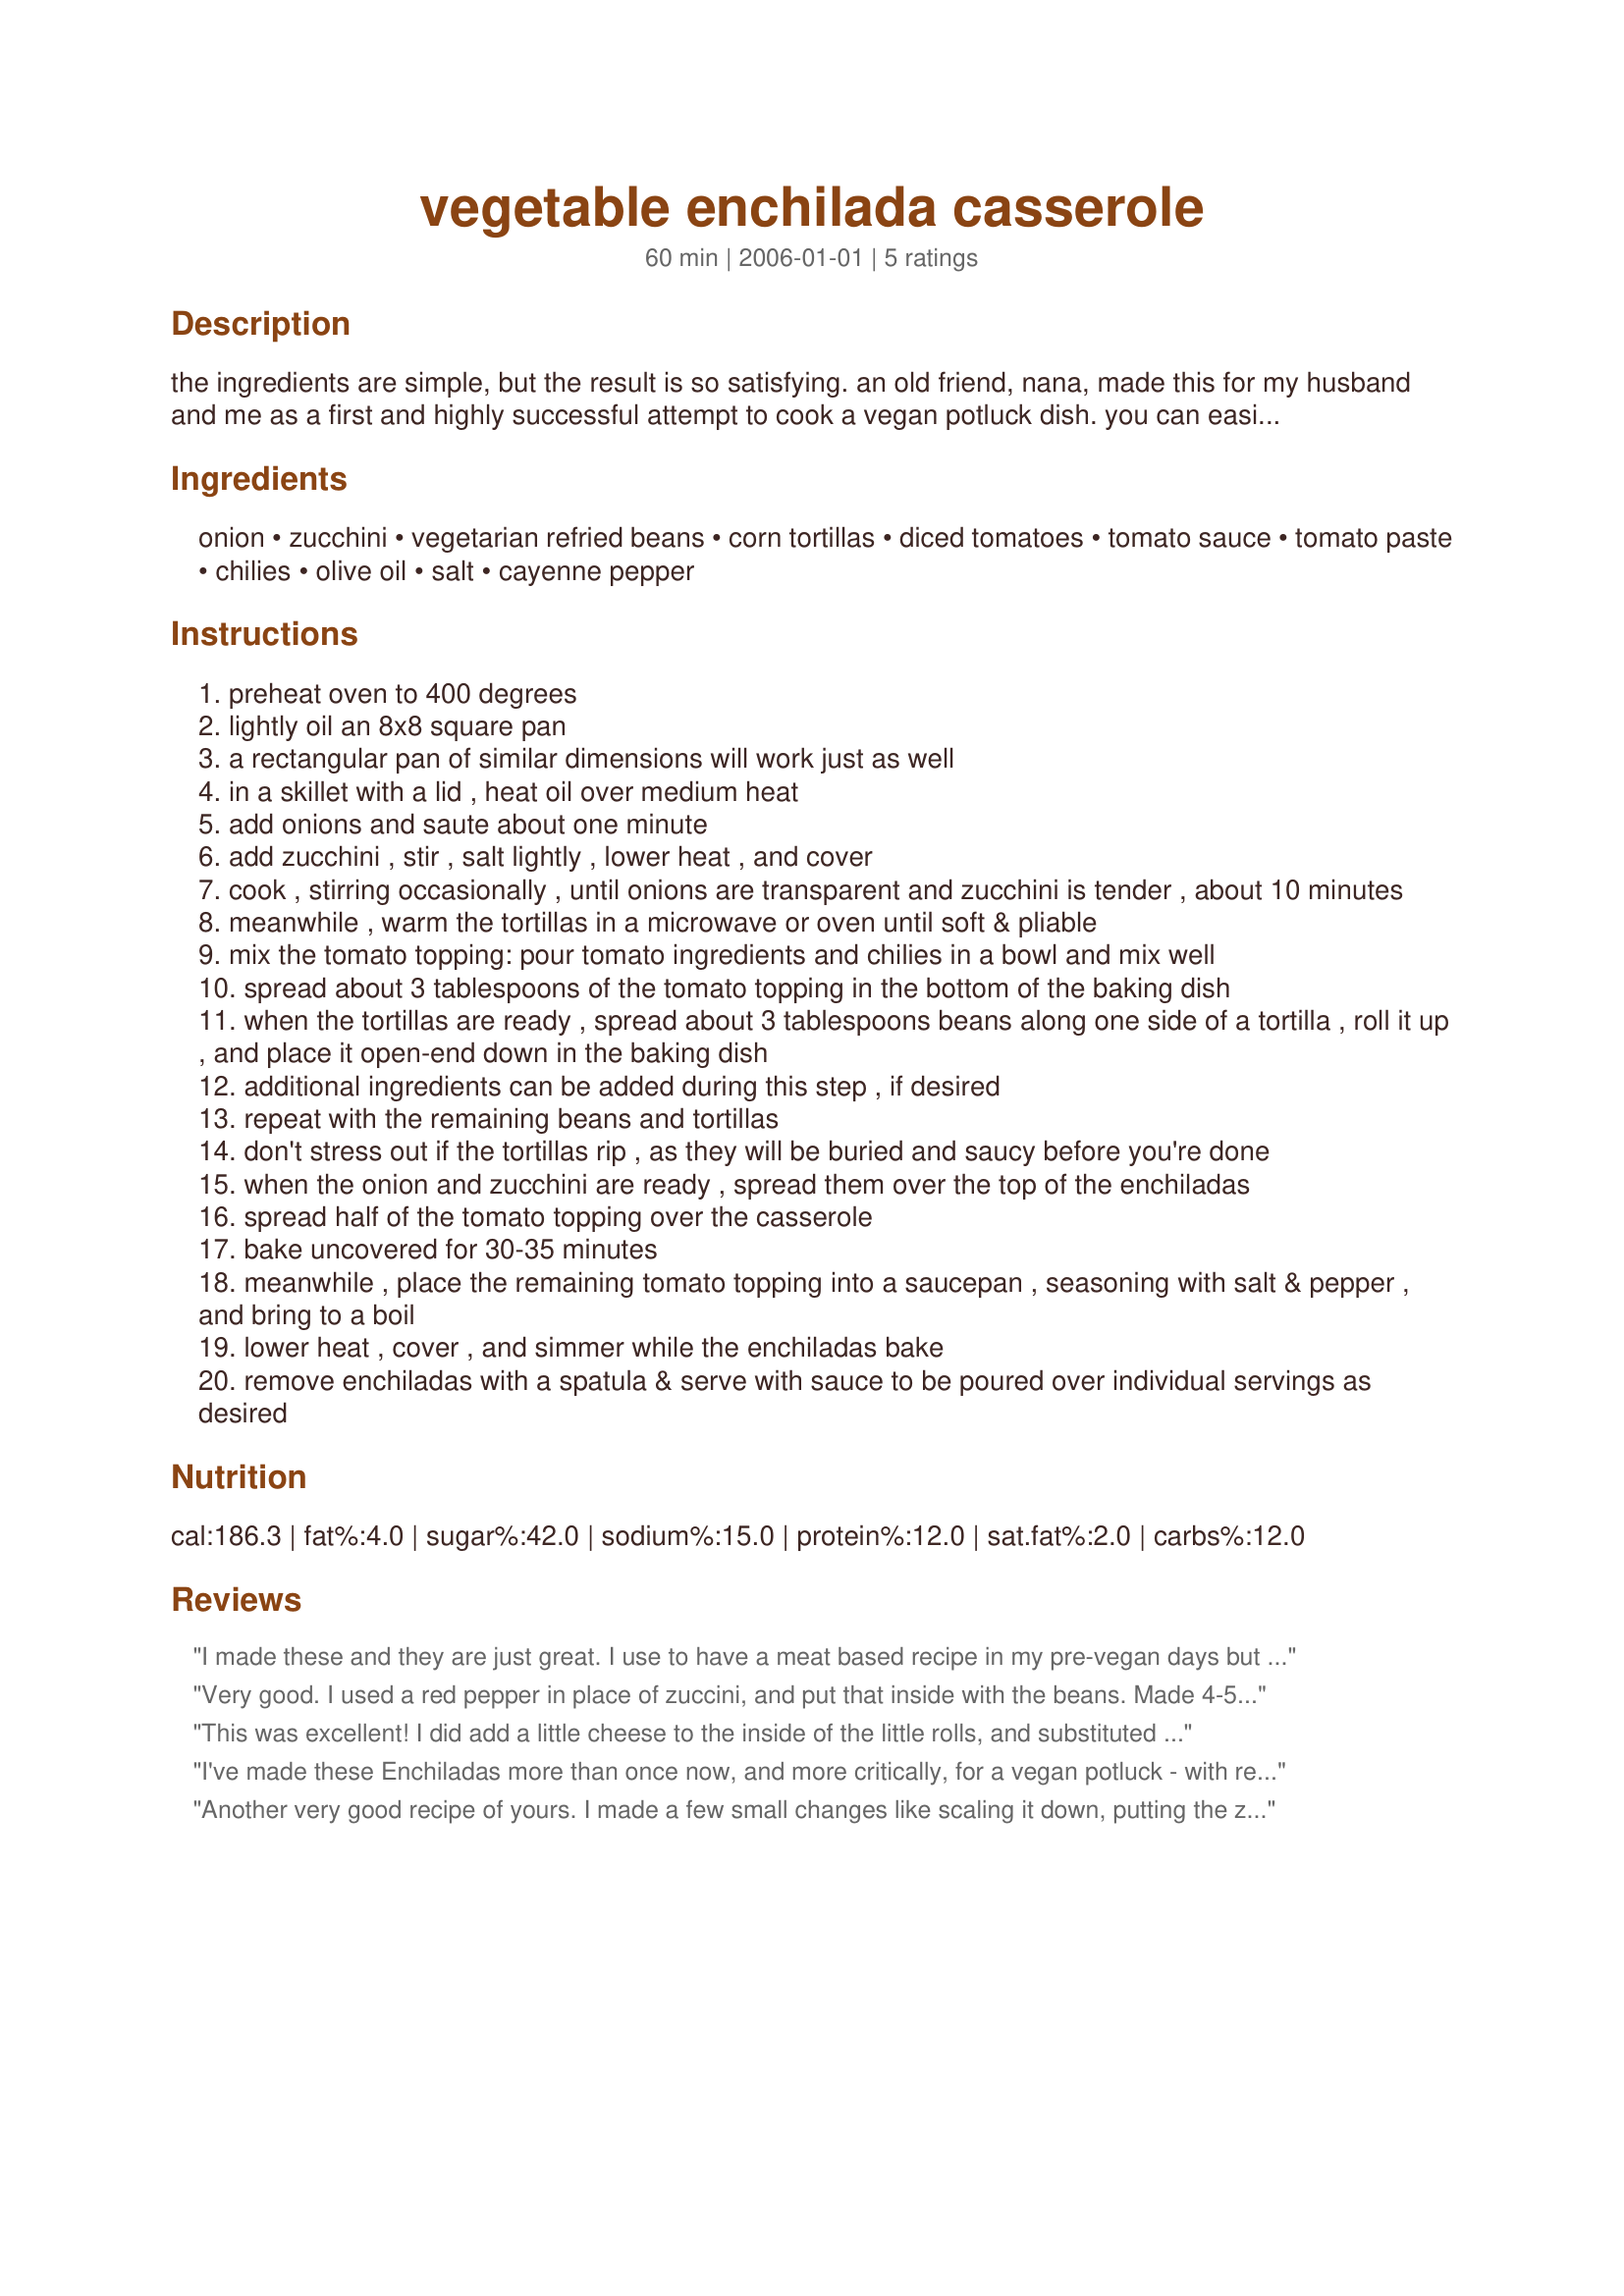
vegetable enchilada casserole
Preparation time: 60 minutes

the ingredients are simple, but the result is so satisfying. an old friend, nana, made this for my husband and me as a first and highly successful attempt to cook a vegan potluck dish. you can easily make the recipe as-is and it's wonderful. you can also add your own garnishes, such as avocado (my favorite), shredded lettuce, olives, etc. some additions could also be made during the enchilada-rolling step, such as veganrella (or regular cheese).

Ingredients:
onion, zucchini, vegetarian refried beans, corn tortillas, diced tomatoes, tomato sauce, tomato paste, chilies, olive oil, salt, cayenne pepper

Steps:
preheat oven to 400 degrees
lightly oil an 8x8 square pan
a rectangular pan of similar dimensions will work just as well
in a skillet with a lid , heat oil over medium heat
add onions and saute about one minute
add zucchini , stir , salt lightly , lower heat , and cover
cook , stirring occasionally , until onions are transparent and zucchini is tender , about 10 minutes
meanwhile , warm the tortillas in a microwave or oven until soft & pliable
mix the tomato topping: pour tomato ingredients and chilies in a bowl and mix well
spread about 3 tablespoons of the tomato topping in the bottom of the baking dish
when the tortillas are ready , spread about 3 tablespoons beans along one side of a tortilla , roll it up , and place it open-end down in the baking dish
additional ingredients can be added during this step , if desired
repeat with the remaining beans and tortillas
don't stress out if the tortillas rip , as they will be buried and saucy before you're done
when the onion and zucchini are ready , spread them over the top of the enchiladas
spread half of the tomato topping over the casserole
bake uncovered for 30-35 minutes
meanwhile , place the remaining tomato topping into a saucepan , seasoning with salt & pepper , and bring to a boil
lower heat , cover , and simmer while the enchiladas bake
remove enchiladas with a spatula & serve with sauce to be poured over individual servings as desired

Reviews:
I made these and they are just great. I use to have a meat based recipe in my pre-vegan days but this is totally better. I used a can of enchilada sauce though instead of the tomato sauce.
Very good. I used a red pepper in place of zuccini, and put that inside with the beans. Made 4-5 using taco shells. Topped with cheese.
This was excellent! I did add a little cheese to the inside of the little rolls, and substituted enchilada sauce for the tomato paste and tomato sauce. So yummy!!!!
I've made these Enchiladas more than once now, and more critically, for a vegan potluck - with resounding success. During the "enchilada rolling step" options, I added sliced roasted chiles, sliced pimentos, and sliced black olives.
I also topped this with Vegan Cheese Sauce (Recipe #145464), which worked really well. Delicious. Thank you.
Another very good recipe of yours. I made a few small changes like scaling it down, putting the zucchini inside of the tortilla, and topping it with chedder cheese. Other than that I made as directed and it was quite tasty! I plan on making again. Made for PAC 07.
